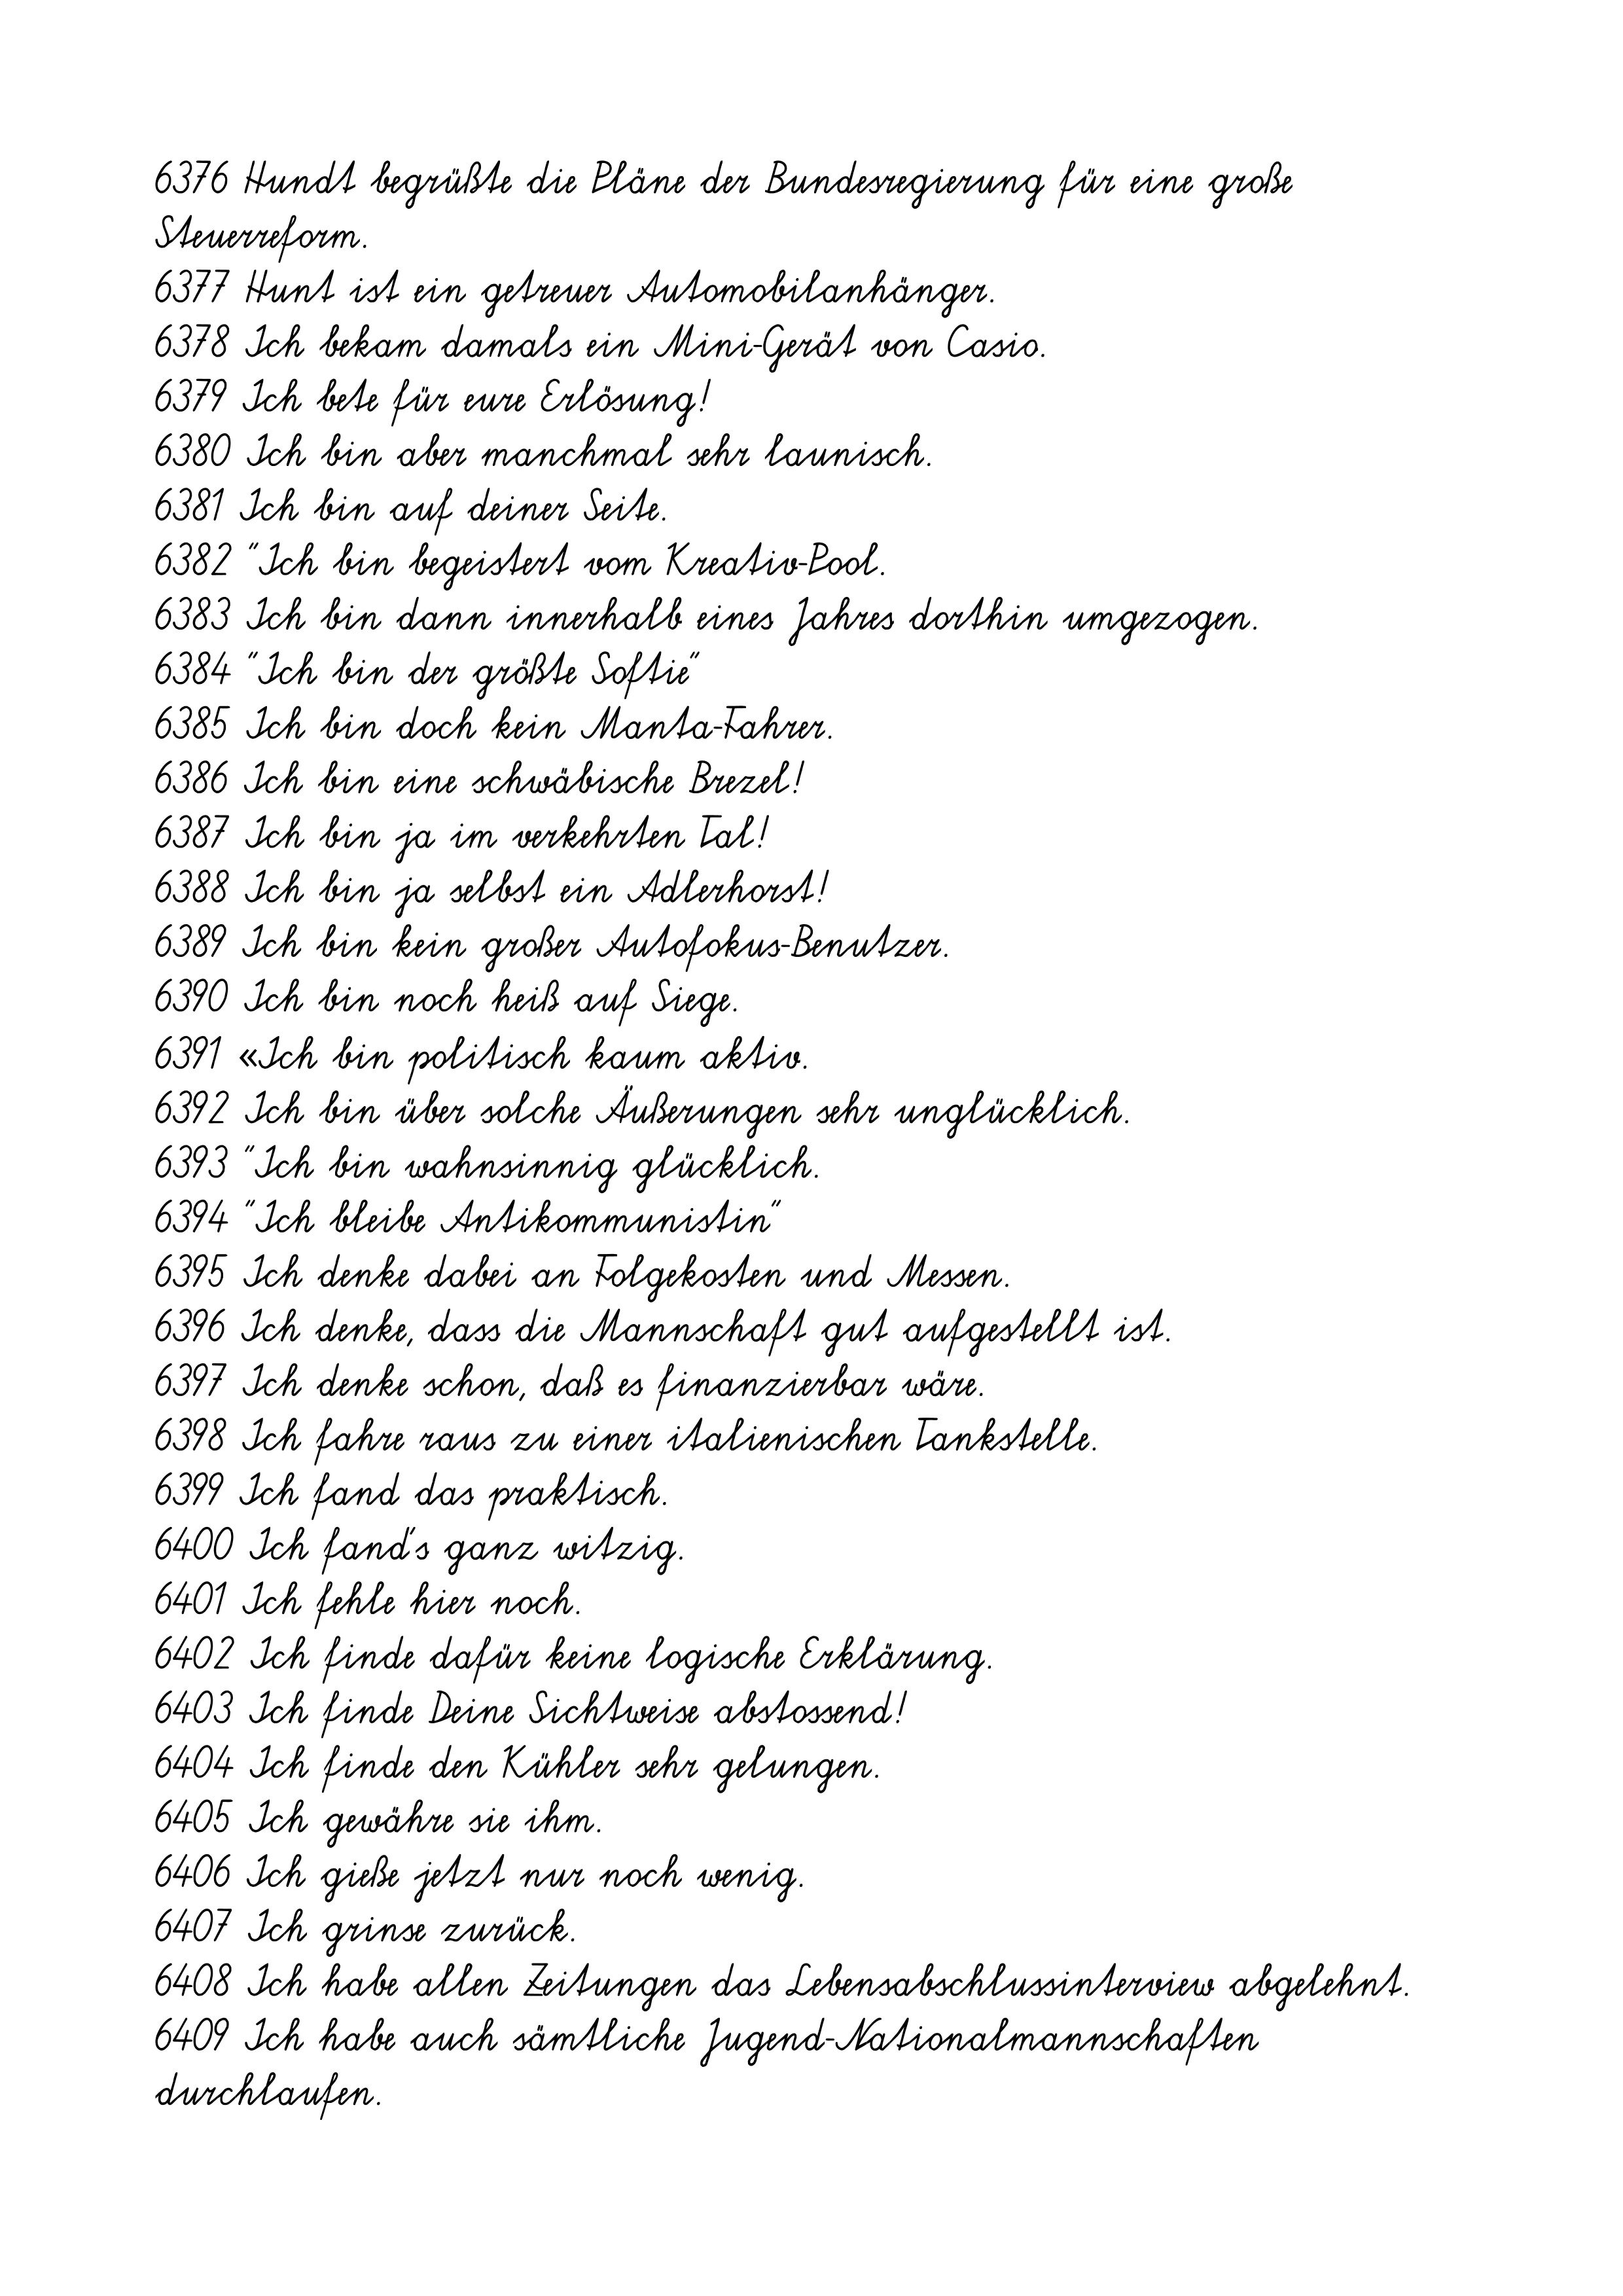
6376 Hundt begrüßte die Pläne der Bundesregierung für eine große
Steuerreform.
6377 Hunt ist ein getreuer Automobilanhänger.
6378 Ich bekam damals ein Mini-Gerät von Casio.
6379 Ich bete für eure Erlösung!
6380 Ich bin aber manchmal sehr launisch.
6381 Ich bin auf deiner Seite.
6382 "Ich bin begeistert vom Kreativ-Pool.
6383 Ich bin dann innerhalb eines Jahres dorthin umgezogen.
6384 "Ich bin der größte Softie"
6385 Ich bin doch kein Manta-Fahrer.
6386 Ich bin eine schwäbische Brezel!
6387 Ich bin ja im verkehrten Tal!
6388 Ich bin ja selbst ein Adlerhorst!
6389 Ich bin kein großer Autofokus-Benutzer.
6390 Ich bin noch heiß auf Siege.
6391 «Ich bin politisch kaum aktiv.
6392 Ich bin über solche Äußerungen sehr unglücklich.
6393 "Ich bin wahnsinnig glücklich.
6394 "Ich bleibe Antikommunistin"
6395 Ich denke dabei an Folgekosten und Messen.
6396 Ich denke, dass die Mannschaft gut aufgestellt ist.
6397 Ich denke schon, daß es finanzierbar wäre.
6398 Ich fahre raus zu einer italienischen Tankstelle.
6399 Ich fand das praktisch.
6400 Ich fand's ganz witzig.
6401 Ich fehle hier noch.
6402 Ich finde dafür keine logische Erklärung.
6403 Ich finde Deine Sichtweise abstossend!
6404 Ich finde den Kühler sehr gelungen.
6405 Ich gewähre sie ihm.
6406 Ich gieße jetzt nur noch wenig.
6407 Ich grinse zurück.
6408 Ich habe allen Zeitungen das Lebensabschlussinterview abgelehnt.
6409 Ich habe auch sämtliche Jugend-Nationalmannschaften
durchlaufen.